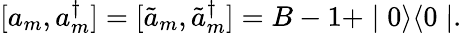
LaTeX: [a_{m},a_{m}^{\dagger}]=[\tilde{a}_{m},\tilde{a}_{m}^{\dagger}]=B-1+\mid 0\rangle\langle 0\mid.